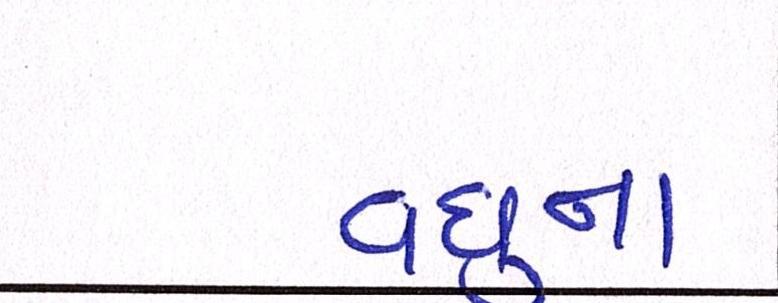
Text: વધુના